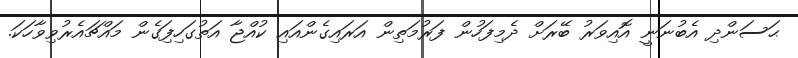
ޙަސަންދި އެބުނަނީ އޮއިވަރު ބޭރަށް ދެމިފަހުން ފަރުމަތިން އަރައިގެންއައި ކުއްޖާ އަތުގަހިފަިގެން މައްޗައެރުވިވާހަކަ.